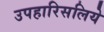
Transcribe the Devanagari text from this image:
उपहारिसलिये